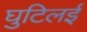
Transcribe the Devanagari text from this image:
घुटिलई